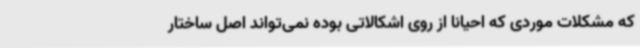
که مشکلات موردی که احیاناً از روی اشکالاتی بوده نمی‌تواند اصل ساختار